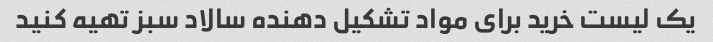
یک لیست خرید برای مواد تشکیل دهنده سالاد سبز تهیه کنید